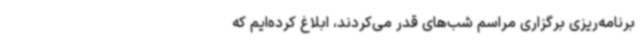
برنامه‌ریزی برگزاری مراسم شب‌های قدر می‌کردند، ابلاغ کرده‌ایم که